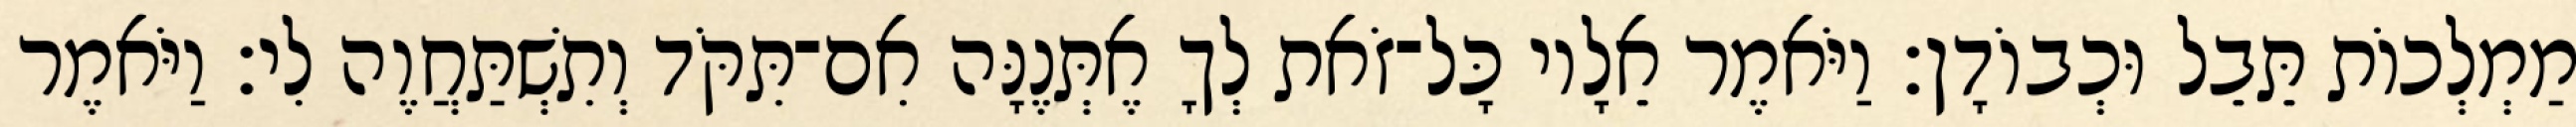
מַמְלְכוֹת תֵּבֵל וּכְבוֹדָן׃ וַיֹּאמֶר אֵלָיו כָּל־זֹאת לְךָ אֶתְּנֶנָּה אִם־תִּקֹּד וְתִשְׁתַּחֲוֶה לִי׃ וַיֹּאמֶר